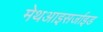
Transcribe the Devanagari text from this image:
मेथआइसर्जाइड